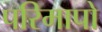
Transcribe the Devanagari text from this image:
परिमापो